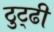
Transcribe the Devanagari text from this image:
ठुट्ढी